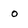
Character: o